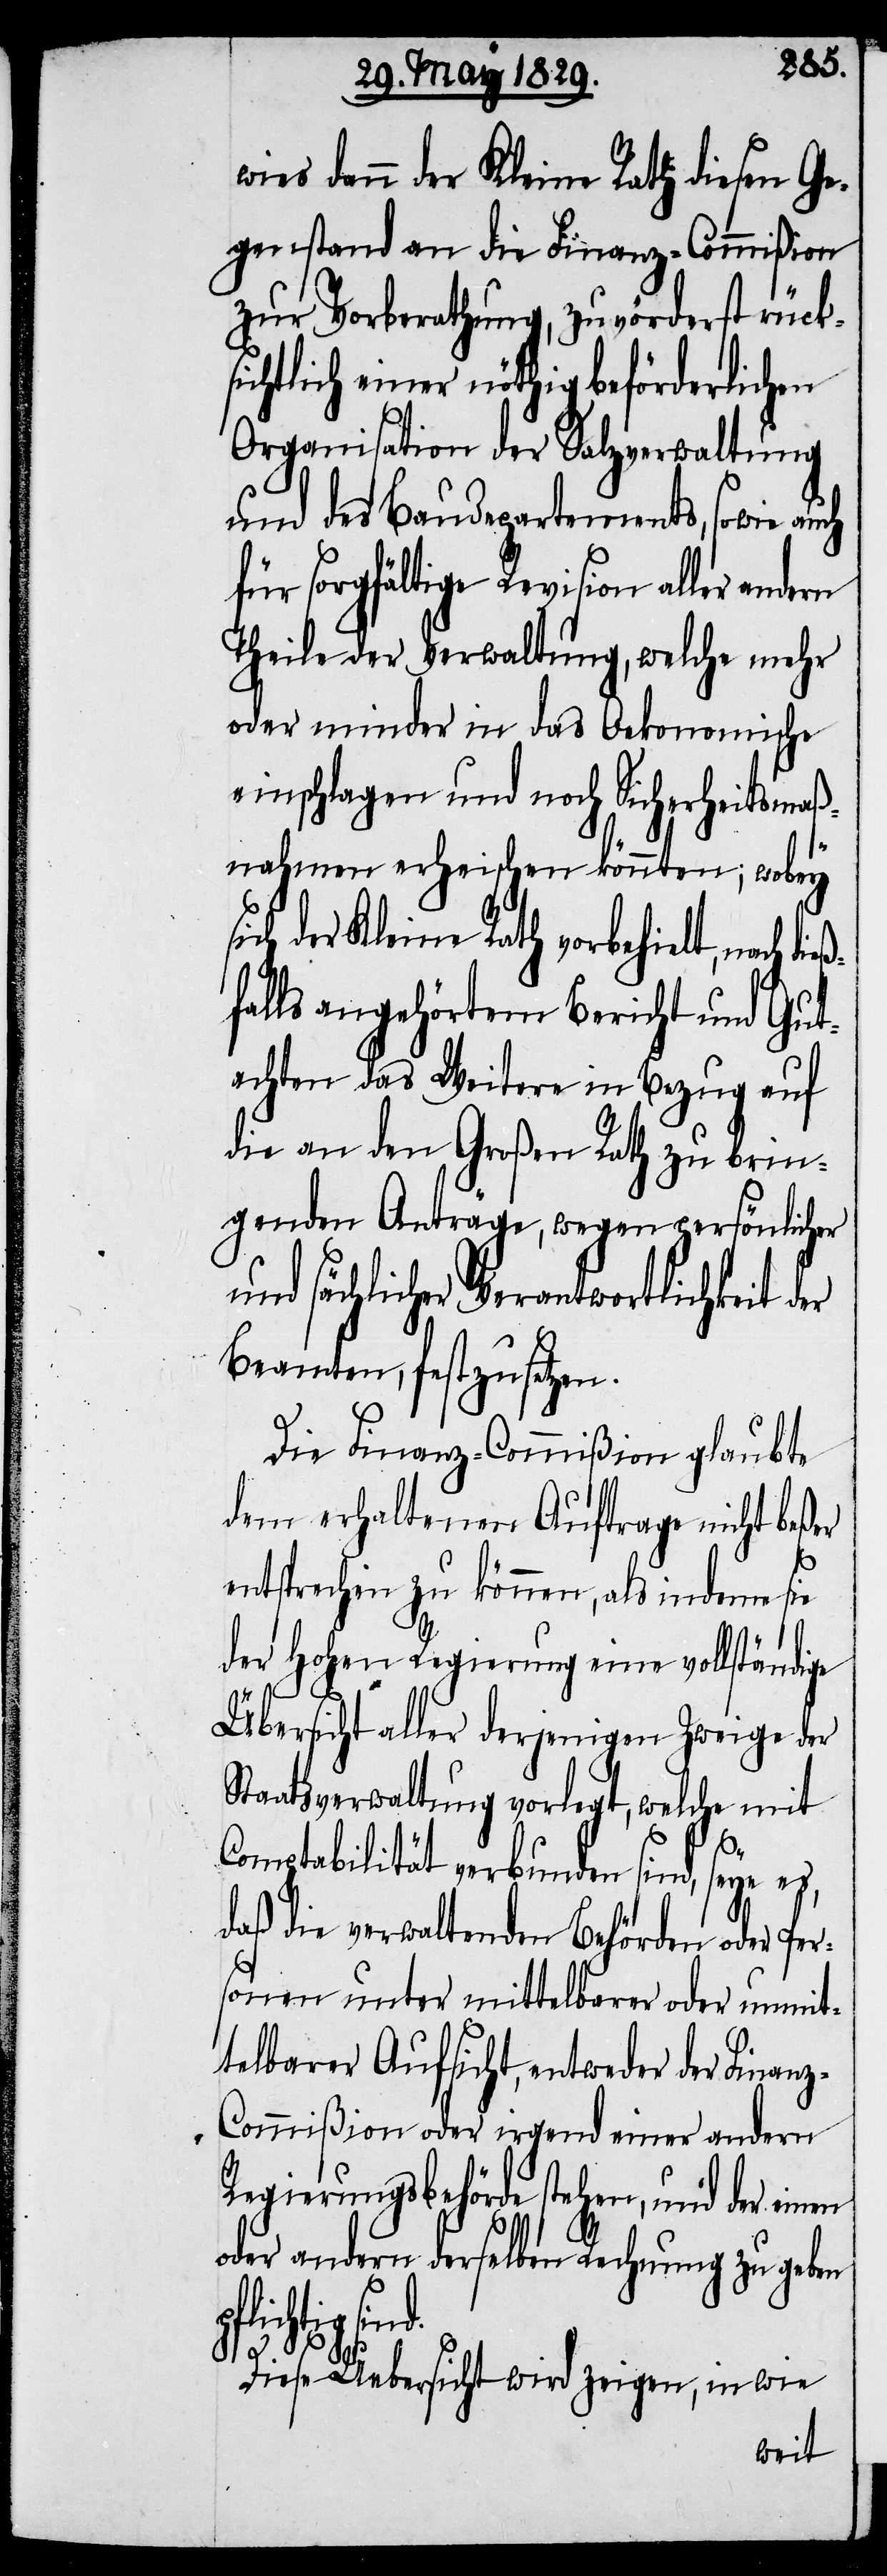
wies dann der Kleine Rath diesen Ge¬
genstand an die Finanz-Commißion
zur Vorberathung, zuvörderst rück¬
sichtlich einer nöthig beförderlichen
Organisation der Salzverwaltung
und des Baudepartements, sowie au¬
für sorgfältige Revision aller andern
Theile der Verwaltung, welche mehr
oder minder in das Oekonomische
einschlagen und noch Sicherheitsmaß¬
nahmen erheischen könnte; wobey
sich der Kleine Rath vorbehielt, nach di¬
falls angehörtem Bericht und Gut¬
achten das Weitere in Bezug auf
die an den Großen Rath zu brin¬
genden Anträge, wegen persönlicher
und sächlicher Verantwortlichkeit
Beamten, festzusetzen.
Die Finanz-Commißion glaubte
dem erhaltenen Auftrage nicht beßer
entsprechen zu können, als indeme sie
der Hohen Regierung eine vollständige
Übersicht aller derjenigen Zweige der
en
Comptabilität verbunden sind, seye es,
daß die verwaltenden Behörden oder Per¬
sonen unter mittelbarer oder unmit¬
telbarer Aufsicht, entweder der Finan¬
z-Commißion oder irgend einer andern
Regierungsbehörde stehen, und der ein¬
oder andern derselben Rechnung zu geben
pflichtig sin¬
d.
Diese Übersicht wird zeigen, in wie